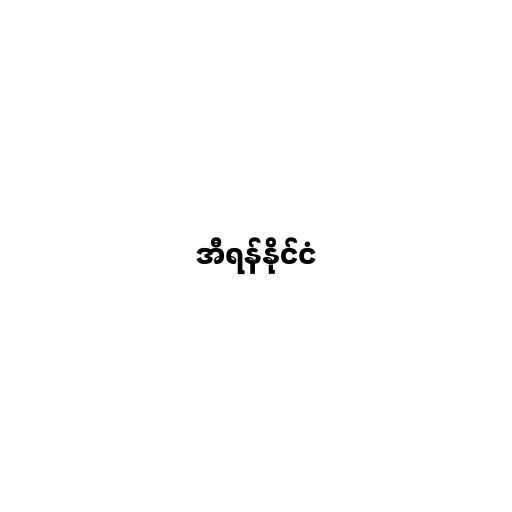
အီရန်နိုင်ငံ